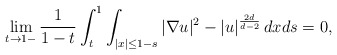
\begin{align*}\lim_{t\to1-}\frac{1}{1-t}\int_t^1\int_{|x|\leq 1-s}|\nabla u|^2-|u|^{\frac{2d}{d-2}}\,dxds=0,\end{align*}